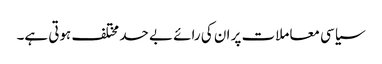
سیاسی معاملات پر ان کی رائے بے حد مختلف ہوتی ہے۔